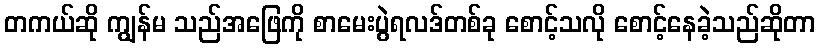
တကယ်ဆို ကျွန်မ သည်အဖြေကို စာမေးပွဲရလဒ်တစ်ခု စောင့်သလို စောင့်နေခဲ့သည်ဆိုတာ